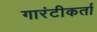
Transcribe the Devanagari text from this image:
गारंटीकर्ता